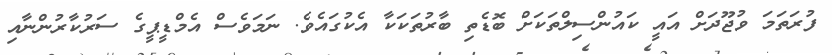
ފުރަތަމަ ވުޖޫދަށް އައީ ކައުންސިލްތަކަށް ބޮޑެތި ބާރުތަކަކާ އެކުގައެވެ. ނަމަވެސް އެމްޑީޕީގެ ސަރުކާރުންނާއި